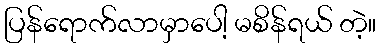
ပြန်ရောက်လာမှာပေါ့ မစိန်ရယ် တဲ့။